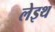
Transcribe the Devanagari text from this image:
लेइथ